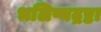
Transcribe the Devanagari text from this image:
भलिष्यद्रष्टा